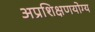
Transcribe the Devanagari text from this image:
अप्रशिक्षणयोग्य